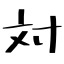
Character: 対